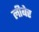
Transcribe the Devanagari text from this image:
लीबेर